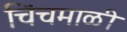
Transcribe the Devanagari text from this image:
चिंचमाळी